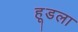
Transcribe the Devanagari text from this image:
हूडला